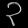
Digit: ၃